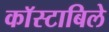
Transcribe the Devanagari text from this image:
काॅस्टाबिले